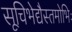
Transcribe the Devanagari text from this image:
सूचिभेद्यैस्तमोभिः